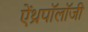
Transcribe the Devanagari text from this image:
ऐंथ्रपॉलॉजी